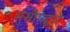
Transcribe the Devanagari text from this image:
सुसीमद्वारे